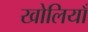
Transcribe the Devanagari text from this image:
खोलियाँ